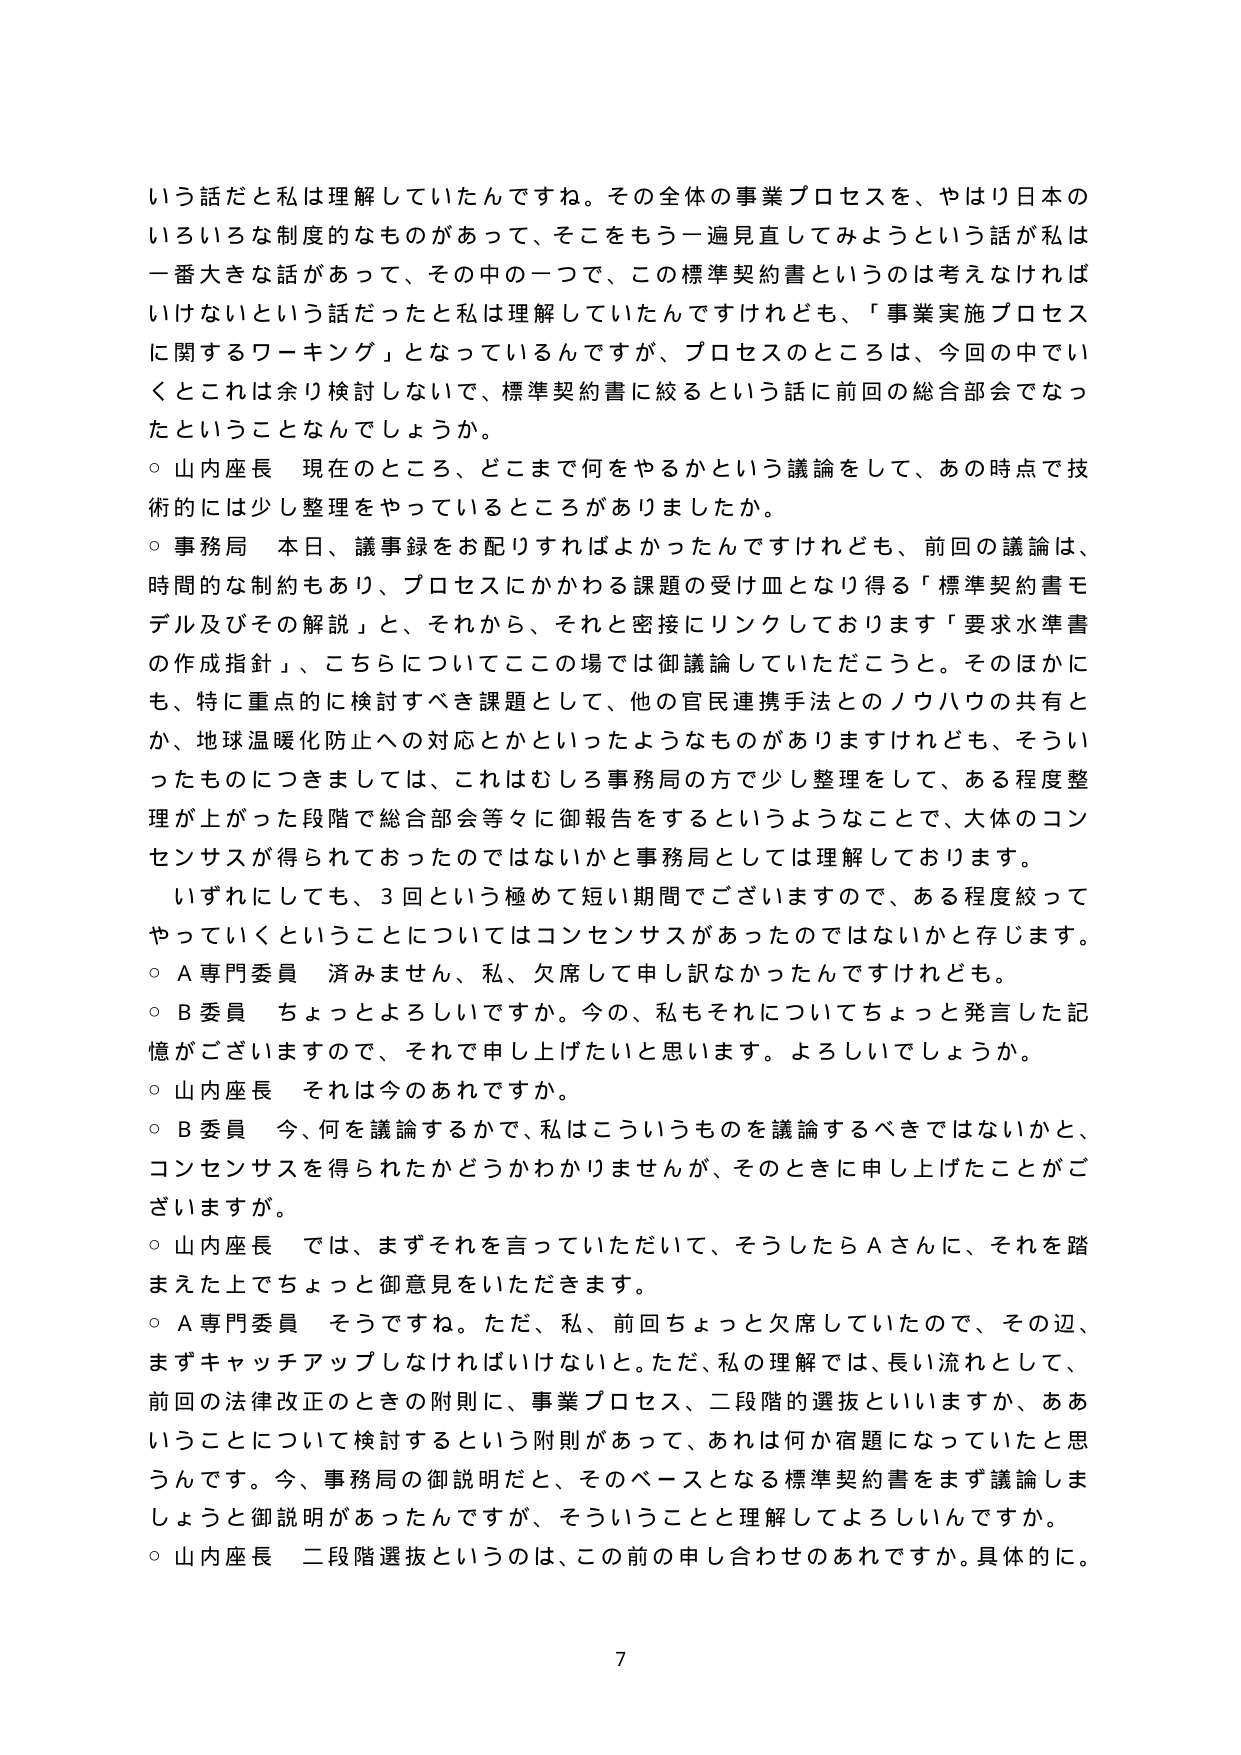
いう話だと私は理解していたんですね。その全体の事業プロセスを、やはり日本のいろいろな制度的なものがあって、そこをもう一遍見直してみようという話が私は一番大きな話があって、その中の一つで、この標準契約書というのは考えなければいけないという話だったと私は理解していたんですけれども、「事業実施プロセスに関するワーキング」となっているんですが、プロセスのところは、今回の中できっとこれは余り検討しないで、標準契約書に絞るという話に前回の総合部会でなったということなんでしょうか。

○ 山内座長 現在のところ、どこまで何をやるかという議論をして、あの時点で技術的には少し整理をやっているところがありましたか。

○ 事務局 本日、議事録をお配りすればよかったんですけれども、前回の議論は、時間的な制約もあり、プロセスにかかわる課題の受け皿となり得る「標準契約書モデル及びその解説」と、それから、それと密接にリンクしております「要求水準書の作成指針」、こちらについてこの場では御議論していただこうと。そのほかにも、特に重点的に検討すべき課題として、他の官民連携手法とのノウハウの共有とか、地球温暖化防止への対応とかといったようなものがありますけれども、そういったものにつきましては、これはむしろ事務局の方で少し整理をして、ある程度整理が上がった段階で総合部会等々に御報告をするというようなことで、大体のコンセンサスが得られておったのではないかと事務局としては理解しております。

いずれにしても、3回という極めて短い期間でございますので、ある程度絞ってやっていくということについてはコンセンサスがあったのではないかと存じます。

○ A専門委員 済みません、私、欠席して申し訳なかったんですけれども。

○ B委員 ちょっとよろしいですか。今の、私もそれについてちょっと発言した記憶がございますので、それで申し上げたいと思います。よろしいでしょうか。

○ 山内座長 それは今のあれですか。

○ B委員 今、何を議論するかで、私はこういうものを議論するべきではないかと、コンセンサスを得られたかどうかわかりませんが、そのときに申し上げたことがございますが。

○ 山内座長 では、まずそれを言っていただいて、そうしたらAさんに、それを踏まえた上でちょっと御意見をいただきます。

○ A専門委員 そうですね。ただ、私、前回ちょっと欠席していたので、その辺、まずキャッチアップしなければいけない。ただ、私の理解では、長い流れとして、前回の法律改正のときの附則に、事業プロセス、二段階の選抜といいますか、ああいうことについて検討するという附則があって、あれは何か宿題になっていたと思うんです。今、事務局の御説明だと、そのベースとなる標準契約書をまず議論しましょうと御説明があったんですが、そういうことと理解してよろしいんですか。

○ 山内座長 二段階選抜というのは、この前の申し合わせのあれですか。具体的に。

7